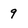
Character: 9